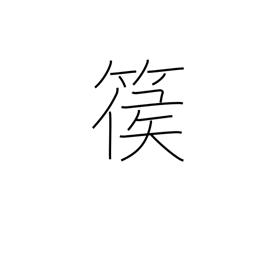
Meaning: type of harp